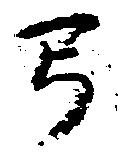
弓